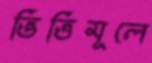
ভিত্তিমূলে